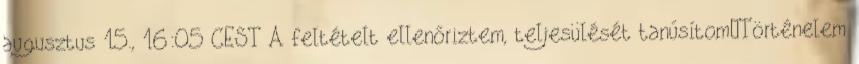
augusztus 15., 16:05 CEST A feltételt ellenőriztem, teljesülését tanúsítom–Történelem